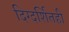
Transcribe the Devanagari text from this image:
दिग्दर्शितही